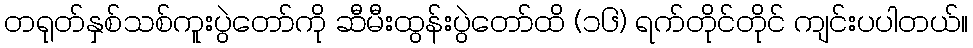
တရုတ်နှစ်သစ်ကူးပွဲတော်ကို ဆီမီးထွန်းပွဲတော်ထိ (၁၆) ရက်တိုင်တိုင် ကျင်းပပါတယ်။